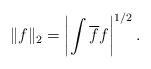
\begin{align*}\|f\|_2 = \left|\int \overline f f\right|^{1/2} .\end{align*}